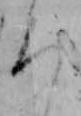
ろ